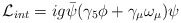
\begin{align*}{\cal L}_{int} = i g \bar{\psi} (\gamma_{5} \phi + \gamma_{\mu} \omega_{\mu}) \psi \end{align*}